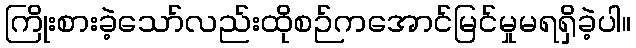
ကြိုးစားခဲ့သော်လည်းထိုစဉ်ကအောင်မြင်မှုမရရှိခဲ့ပါ။